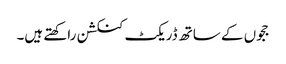
ججوں کے ساتھ ڈریکٹ کنکشن راکھتے ہیں۔